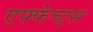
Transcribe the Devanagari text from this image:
एफ्फेच्ट्स